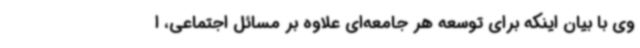
وی با بیان اینکه برای توسعه هر جامعه‌ای علاوه بر مسائل اجتماعی، ا